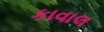
કાવાલ